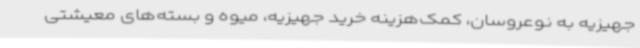
جهیزیه به نوعروسان، کمک‌هزینه خرید جهیزیه، میوه و بسته‌های معیشتی